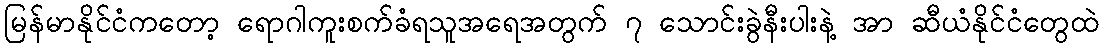
မြန်မာနိုင်ငံကတော့ ရောဂါကူးစက်ခံရသူအရေအတွက် ၇ သောင်းခွဲနီးပါးနဲ့ အာ ဆီယံနိုင်ငံတွေထဲ